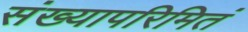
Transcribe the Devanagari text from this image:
संख्यापरिमितं